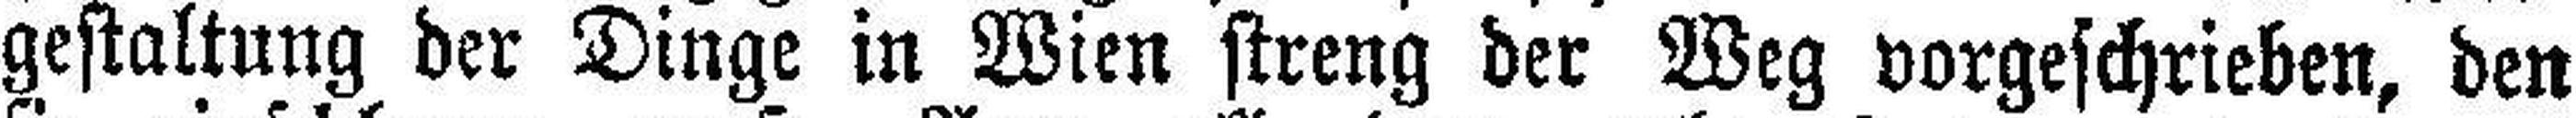
gestaltung der Dinge in Wien streng der Weg vorgeschrieben, den